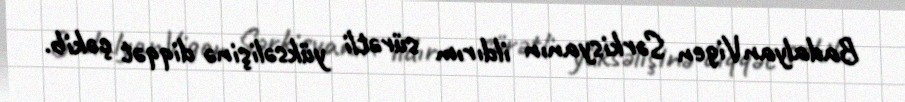
BadalyanVigen Sərkisyanın ildırım sürətli yüksəlişinə diqqət çəkib.